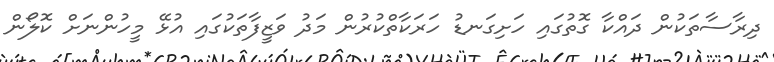
ދިރާސާތަކުން ދައްކާ ގޮތުގައި ހަށިގަނޑު ހަރަކާތްކުރުން މަދު ވަޒީފާތަކުގައި އުޅޭ މީހުންނަށް ކޮލޯން